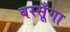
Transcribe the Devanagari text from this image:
बरसूँगा